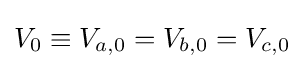
V_{0}\equiv V_{a,0}=V_{b,0}=V_{c,0}